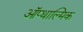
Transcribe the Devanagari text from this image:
ऑप्थाल्मिक